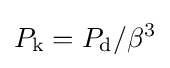
P_{\rm {k}}=P_{\rm {d}}/\beta ^{3}